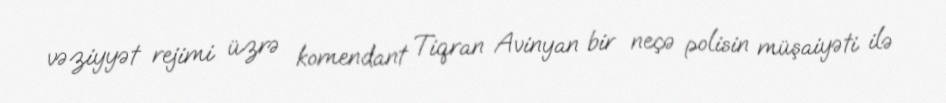
vəziyyət rejimi üzrə komendant Tiqran Avinyan bir neçə polisin müşaiyəti ilə